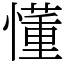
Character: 懂